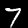
Label: 7